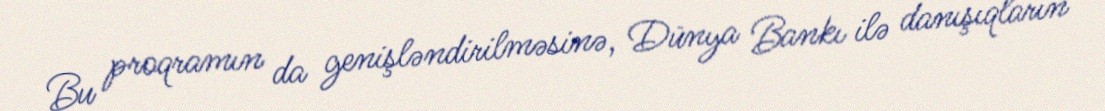
Bu proqramın da genişləndirilməsinə, Dünya Bankı ilə danışıqların